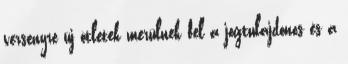
versenyre új ötletek merülnek fel a jogtulajdonos és a